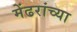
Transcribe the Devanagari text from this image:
मेंढरांच्या